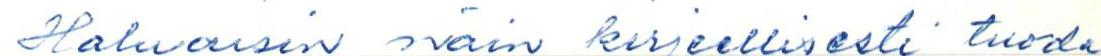
Haluaisin näin kirjeellisesti tuoda